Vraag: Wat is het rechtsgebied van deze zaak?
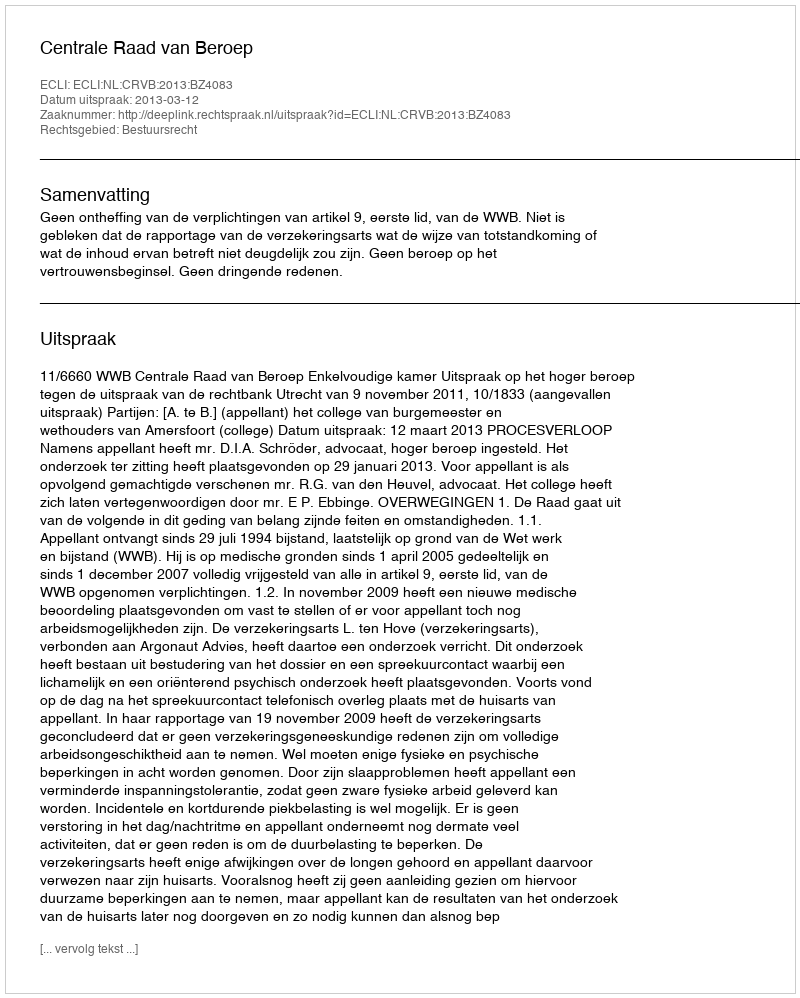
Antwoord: Bestuursrecht